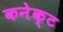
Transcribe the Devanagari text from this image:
कनेक्‍ट